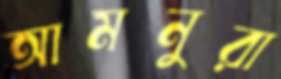
আমনুরা